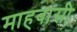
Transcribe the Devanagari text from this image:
माहवासी